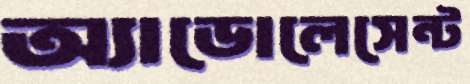
অ্যাডোলেসেন্ট